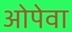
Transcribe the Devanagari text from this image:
ओपेवा